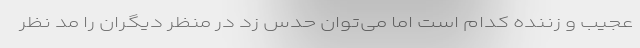
عجیب و زننده کدام است اما می‌توان حدس زد در منظر دیگران را مد نظر